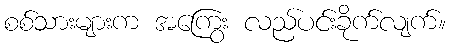
စစ်သားများက အကြွေး လည်ပင်းခိုက်လျက်။